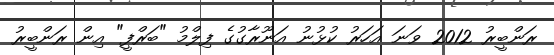
ރަންބީރު 2012 ވަނަ އަހަރު ކުޅުނު އަނޫރާގުގެ ފިލްމު "ބަރްފީ" އިން ރަންބީރު